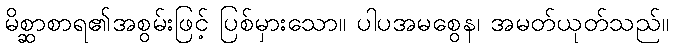
မိစ္ဆာစာရ၏အစွမ်းဖြင့် ပြစ်မှားသော။ ပါပအမစွေန၊ အမတ်ယုတ်သည်။